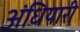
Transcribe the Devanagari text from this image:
अंधियारी